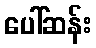
ပေါ်ဆန်း